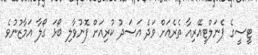
ޓީސީގެ ޕެނަލްޓީއޭރިއާ ތެރެއަށް ވަދެ އަސަދު ކުރިއަށް ފޮނުވާލި ބޯޅަ ގޯލާ އަމާޒުނުވެ